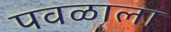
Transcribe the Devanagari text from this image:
पवळाला